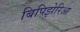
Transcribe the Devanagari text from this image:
बिपिझेरिआ